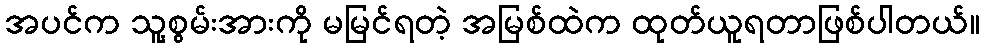
အပင်က သူ့စွမ်းအားကို မမြင်ရတဲ့ အမြစ်ထဲက ထုတ်ယူရတာဖြစ်ပါတယ်။